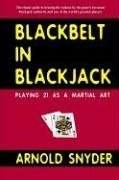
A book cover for Blackbelt in Blackjack : Playing 21 as a Martial Art; Arnold Snyder; Humor & Entertainment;